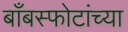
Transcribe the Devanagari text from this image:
बाँबस्फोटांच्या